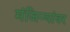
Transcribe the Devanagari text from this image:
मंजिऱ्यांवर